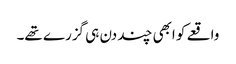
واقعے کو ابھی چند دن ہی گزرے تھے۔